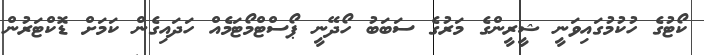
ކޯޓުގެ ހުކުމުގައިވަނީ ޝީރީންގެ މަރުގެ ސަބަބު ހޯދޭނީ ޕޯސްޓްމޯޓަމެއް ހަދައިގެން ކަމަށް ޑޮކްޓަރުން